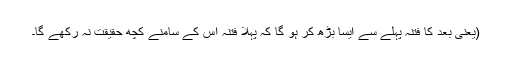
(یعنی بعد کا فتنہ پہلے سے ایسا بڑھ کر ہو گا کہ پہلا فتنہ اس کے سامنے کچھ حقیقت نہ رکھے گا۔